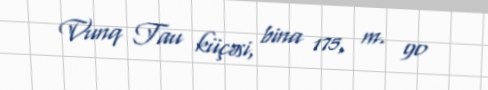
Vunq Tau küçəsi, bina 175, m. 90